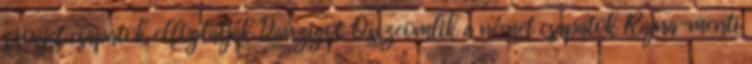
szovjet csapatok elfoglalják Danzigot. Összeomlik a német csapatok Rajna-menti